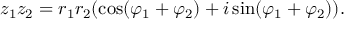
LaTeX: z _ { 1 } z _ { 2 } = r _ { 1 } r _ { 2 } ( \cos ( \varphi _ { 1 } + \varphi _ { 2 } ) + i \sin ( \varphi _ { 1 } + \varphi _ { 2 } ) ) .